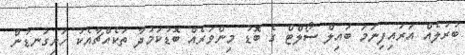
ބުރުލެއް އަރައިފިނަމަ ބައިލް ސޯލްޓް ގެ ބޮޑު މިންވަރެއް ބޮޑުކަމުދާ ތަކެއްޗާއެކު ހަށިގަނޑުން